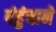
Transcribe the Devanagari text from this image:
पंहुंचाने